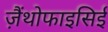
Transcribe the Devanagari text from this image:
ज़ैंथोफाइसिई